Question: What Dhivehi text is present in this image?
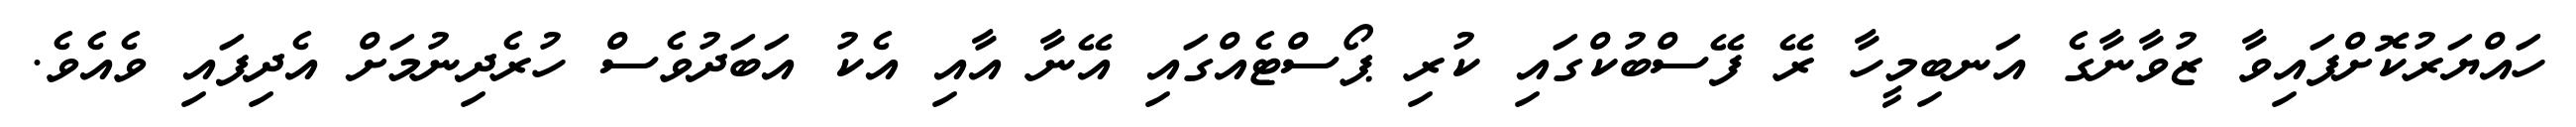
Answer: ހައްޔަރުކޮށްފައިވާ ޒުވާނާގެ އަނބިމީހާ ރޭ ފޭސްބުކްގައި ކުރި ޕޯސްޓެއްގައި އޭނާ އާއި އެކު އަބަދުވެސް ހުރެދިނުމަށް އެދިފައި ވެއެވެ.